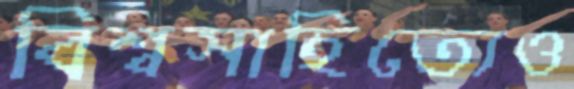
বিশ্বসাহিত্যেও